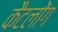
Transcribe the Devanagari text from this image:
कैटलोंग